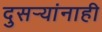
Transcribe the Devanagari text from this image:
दुसर्‍यांनाही